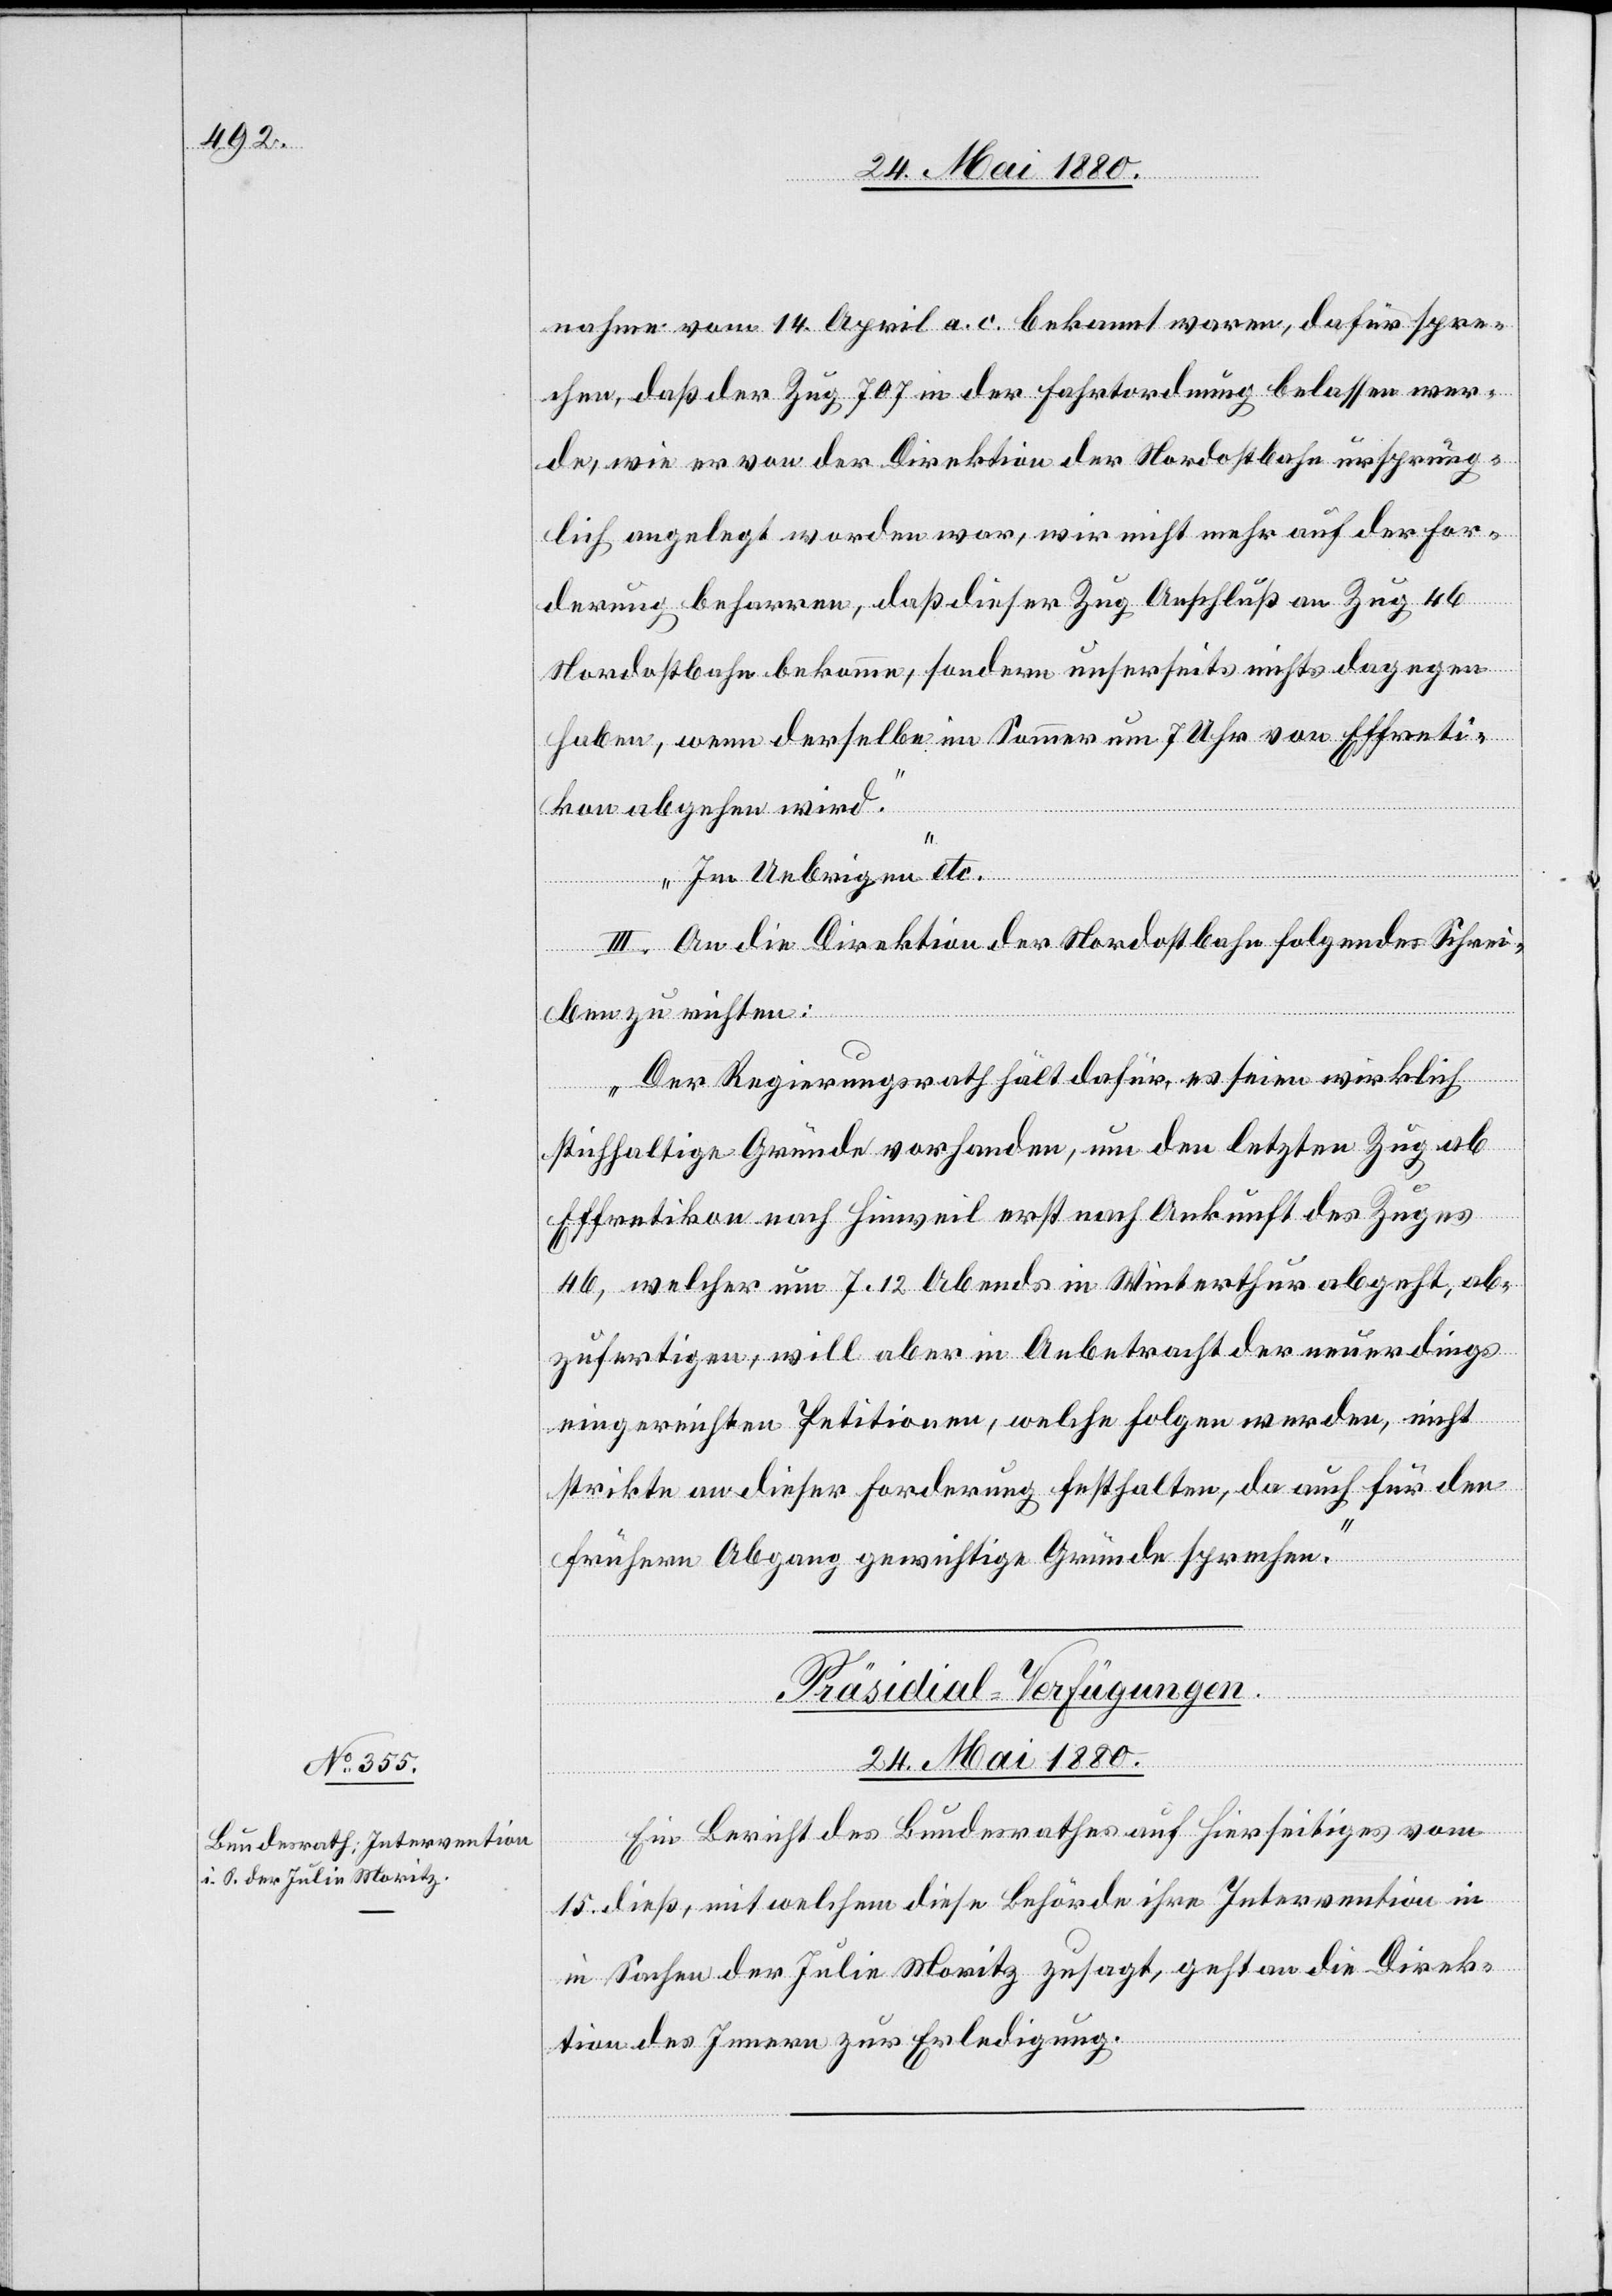
24. Mai 1880.
nahme vom 14. April a. c. bekannt waren, dafür spre¬
chen, daß der Zug 707 in der Fahrtenordnung belassen wer¬
de, wie er von der Direktion der Nordostbahn ursprüng¬
lich angelegt worden war, wir nicht mehr auf der For¬
derung beharren, daß dieser Zug Anschluß an Zug 46
Nordostbahn bekomme, sondern unserseits nichts dagegen
haben, wenn derselbe im Sommer um 7 Uhr von Effreti¬
kon abgehen wird.
Im Uebrigen“ etc.
III. An die Direktion der Nordostbahn folgendes Schrei¬
ben zu richten:
„Der Regierungsrath hält dafür, es seien wirklich
stichhaltige Gründe vorhanden, um den letzten Zug ab
in
Effretikon nach Hinweil erst nach Ankunft des Zuges
46, welcher um 7.12 Abends in Winterthur abgeht, ab¬
zufertigen, will aber in Anbetracht der neuerdings
eingereichten Petitionen, welche Folgen werden, nicht
strikte an dieser Forderung festhalten, da auch für den
frühern Abgang gewichtige Gründe sprechen."
Präsidial-Verfügungen.
Ein Bericht des Bundesrathes auf Hierseitiges vom
14. dieß, mit welchem diese Behörde ihre Intervention in
Sachen der Julie Moritz zusagt, geht an die Direk¬
tion des Innern zur Erledigung.